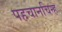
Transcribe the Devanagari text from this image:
पहचानचिन्ह